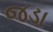
જડા